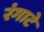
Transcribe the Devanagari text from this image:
रंगाटे